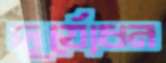
দুর্যোধন